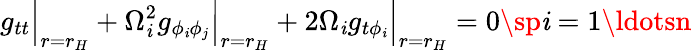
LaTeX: g_{tt}\Big|_{r=r_{H}}+\Omega_{\mathit{i}}^{2}g_{\phi_{\mathit{i}}\phi_{j}}\Big|_{r=r_{H}}+2\Omega_{\mathit{i}}g_{t\phi_{\mathit{i}}}\Big|_{r=r_{H}}=0\sp\mathit{i}=1\ldotsn